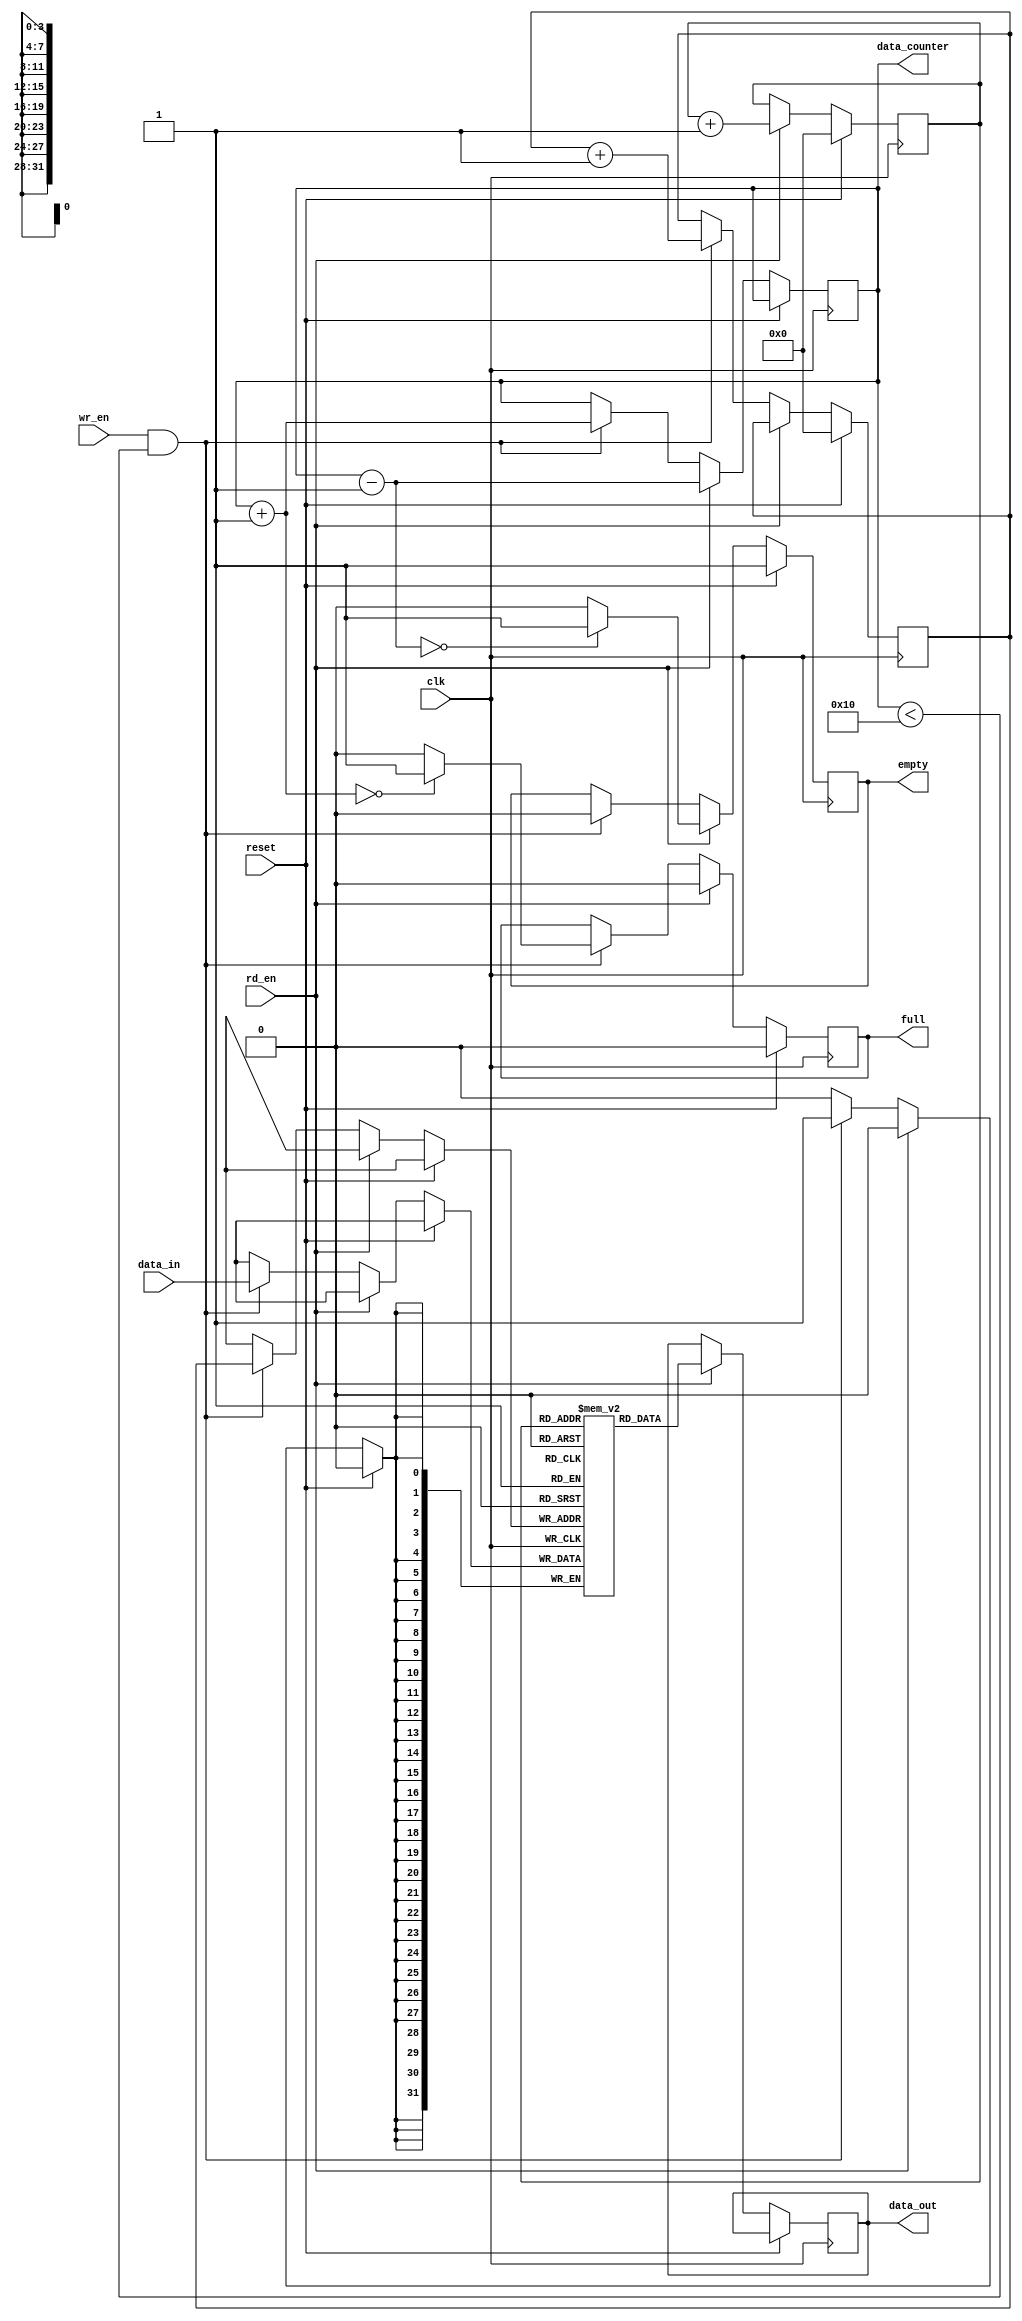
`timescale 1ns / 1ps
//////////////////////////////////////////////////////////////////////////////////
// Company: 
// Engineer: 
// 
// Design Name: 
// Module Name:    FIFO 
// Project Name: 
// Target Devices: 
// Tool versions: 
// Description: 
//
// Dependencies: 
//
// Revision: 
// Revision 0.01 - File Created
// Additional Comments: 
//
//////////////////////////////////////////////////////////////////////////////////
module FIFO 
#(parameter data_width =32,parameter addr_width=4)
(input clk,//CLK
input rd_en,//enable for reading
input wr_en,//enable for writing
input [data_width-1:0] data_in, //input data
input reset ,//reset 
output reg [data_width-1:0] data_out ,
output reg empty,
output reg full,
output reg [addr_width-1:0] data_counter//To count how many data slots full in FIFO
);
//memory 
reg [data_width-1:0] memory [2**addr_width-1:0];//array 2_D to implement FIFO memory  
//pointer
reg [addr_width-1:0] rd_counter;
reg [addr_width-1:0] wr_counter;
//if needed or you can increase it or decrease it using + / - 
reg add;//signal to increase counters 
reg sub;//signal to decrease counters

//***********Implementaion here ***********//
initial
begin
data_counter=0;
rd_counter=0;
wr_counter=0;
end
always @(posedge clk)
begin
     if(reset)
	  begin
	       rd_counter=0;
			 wr_counter=0;
			 full=0;
			 empty=1;
	  end
	  else if(rd_en)
	  begin
	       data_out=memory[rd_counter];
			 rd_counter=rd_counter+1;
			 data_counter=data_counter-1;
			 if(data_counter==0)
			 begin
			 empty=1'b1;
	       full=0;
			 end
			 else
			 begin
			 full=1'b0;
			 empty=0;
			 end
		end
	  else if((wr_en)&&(data_counter<(2**addr_width)))
	  begin
	       memory[wr_counter]=data_in;
			 wr_counter=wr_counter+1;
			 data_counter=data_counter+1;
			 if(data_counter==0)
			 begin
	       full=1'b1;
			 empty=0;
			 end
			 else
			 begin
			 full=1'b0;
			 empty=0;
			 end
			 
	  	end
	
end
endmodule 

module testbench;
 reg clk;
 reg [31:0] data_in;
 reg rd_en;
 reg wr_en;
 reg reset;
 wire [31:0] data_out;
 wire empty;
 wire full;
 wire [3:0] data_counter;
 FIFO dut ( .clk(clk),.rd_en(rd_en),.wr_en(wr_en),.data_in(data_in),
 .reset(reset),.data_out(data_out),.empty(empty),.full(full),.data_counter(data_counter)
 );
 


 initial begin
  clk  = 1'b0;

  data_in  = 32'h0;

  rd_en  = 1'b0;

  wr_en  = 1'b0;

  reset  = 1'b1;

  #20;

  reset  = 1'b0;

  wr_en  = 1'b1;

  data_in  = 32'h0;

  #20;

  data_in  = 32'h1;

  #20;

 data_in  = 32'h2;

  #20;

  data_in  = 32'h3;

  #20;

  data_in  = 32'h4;

  #20;
  
  data_in =  32'h5;
  
  #20;
  
  data_in =  32'h6; 
  
  #20;
  
  data_in =  32'h7;  
  
  #20;
  
  wr_en = 1'b0;

  rd_en = 1'b1;  

 end 

   always #10 clk = ~clk;    

endmodule